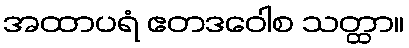
အထာပရံ ဧတဒဝေါစ သတ္ထာ။